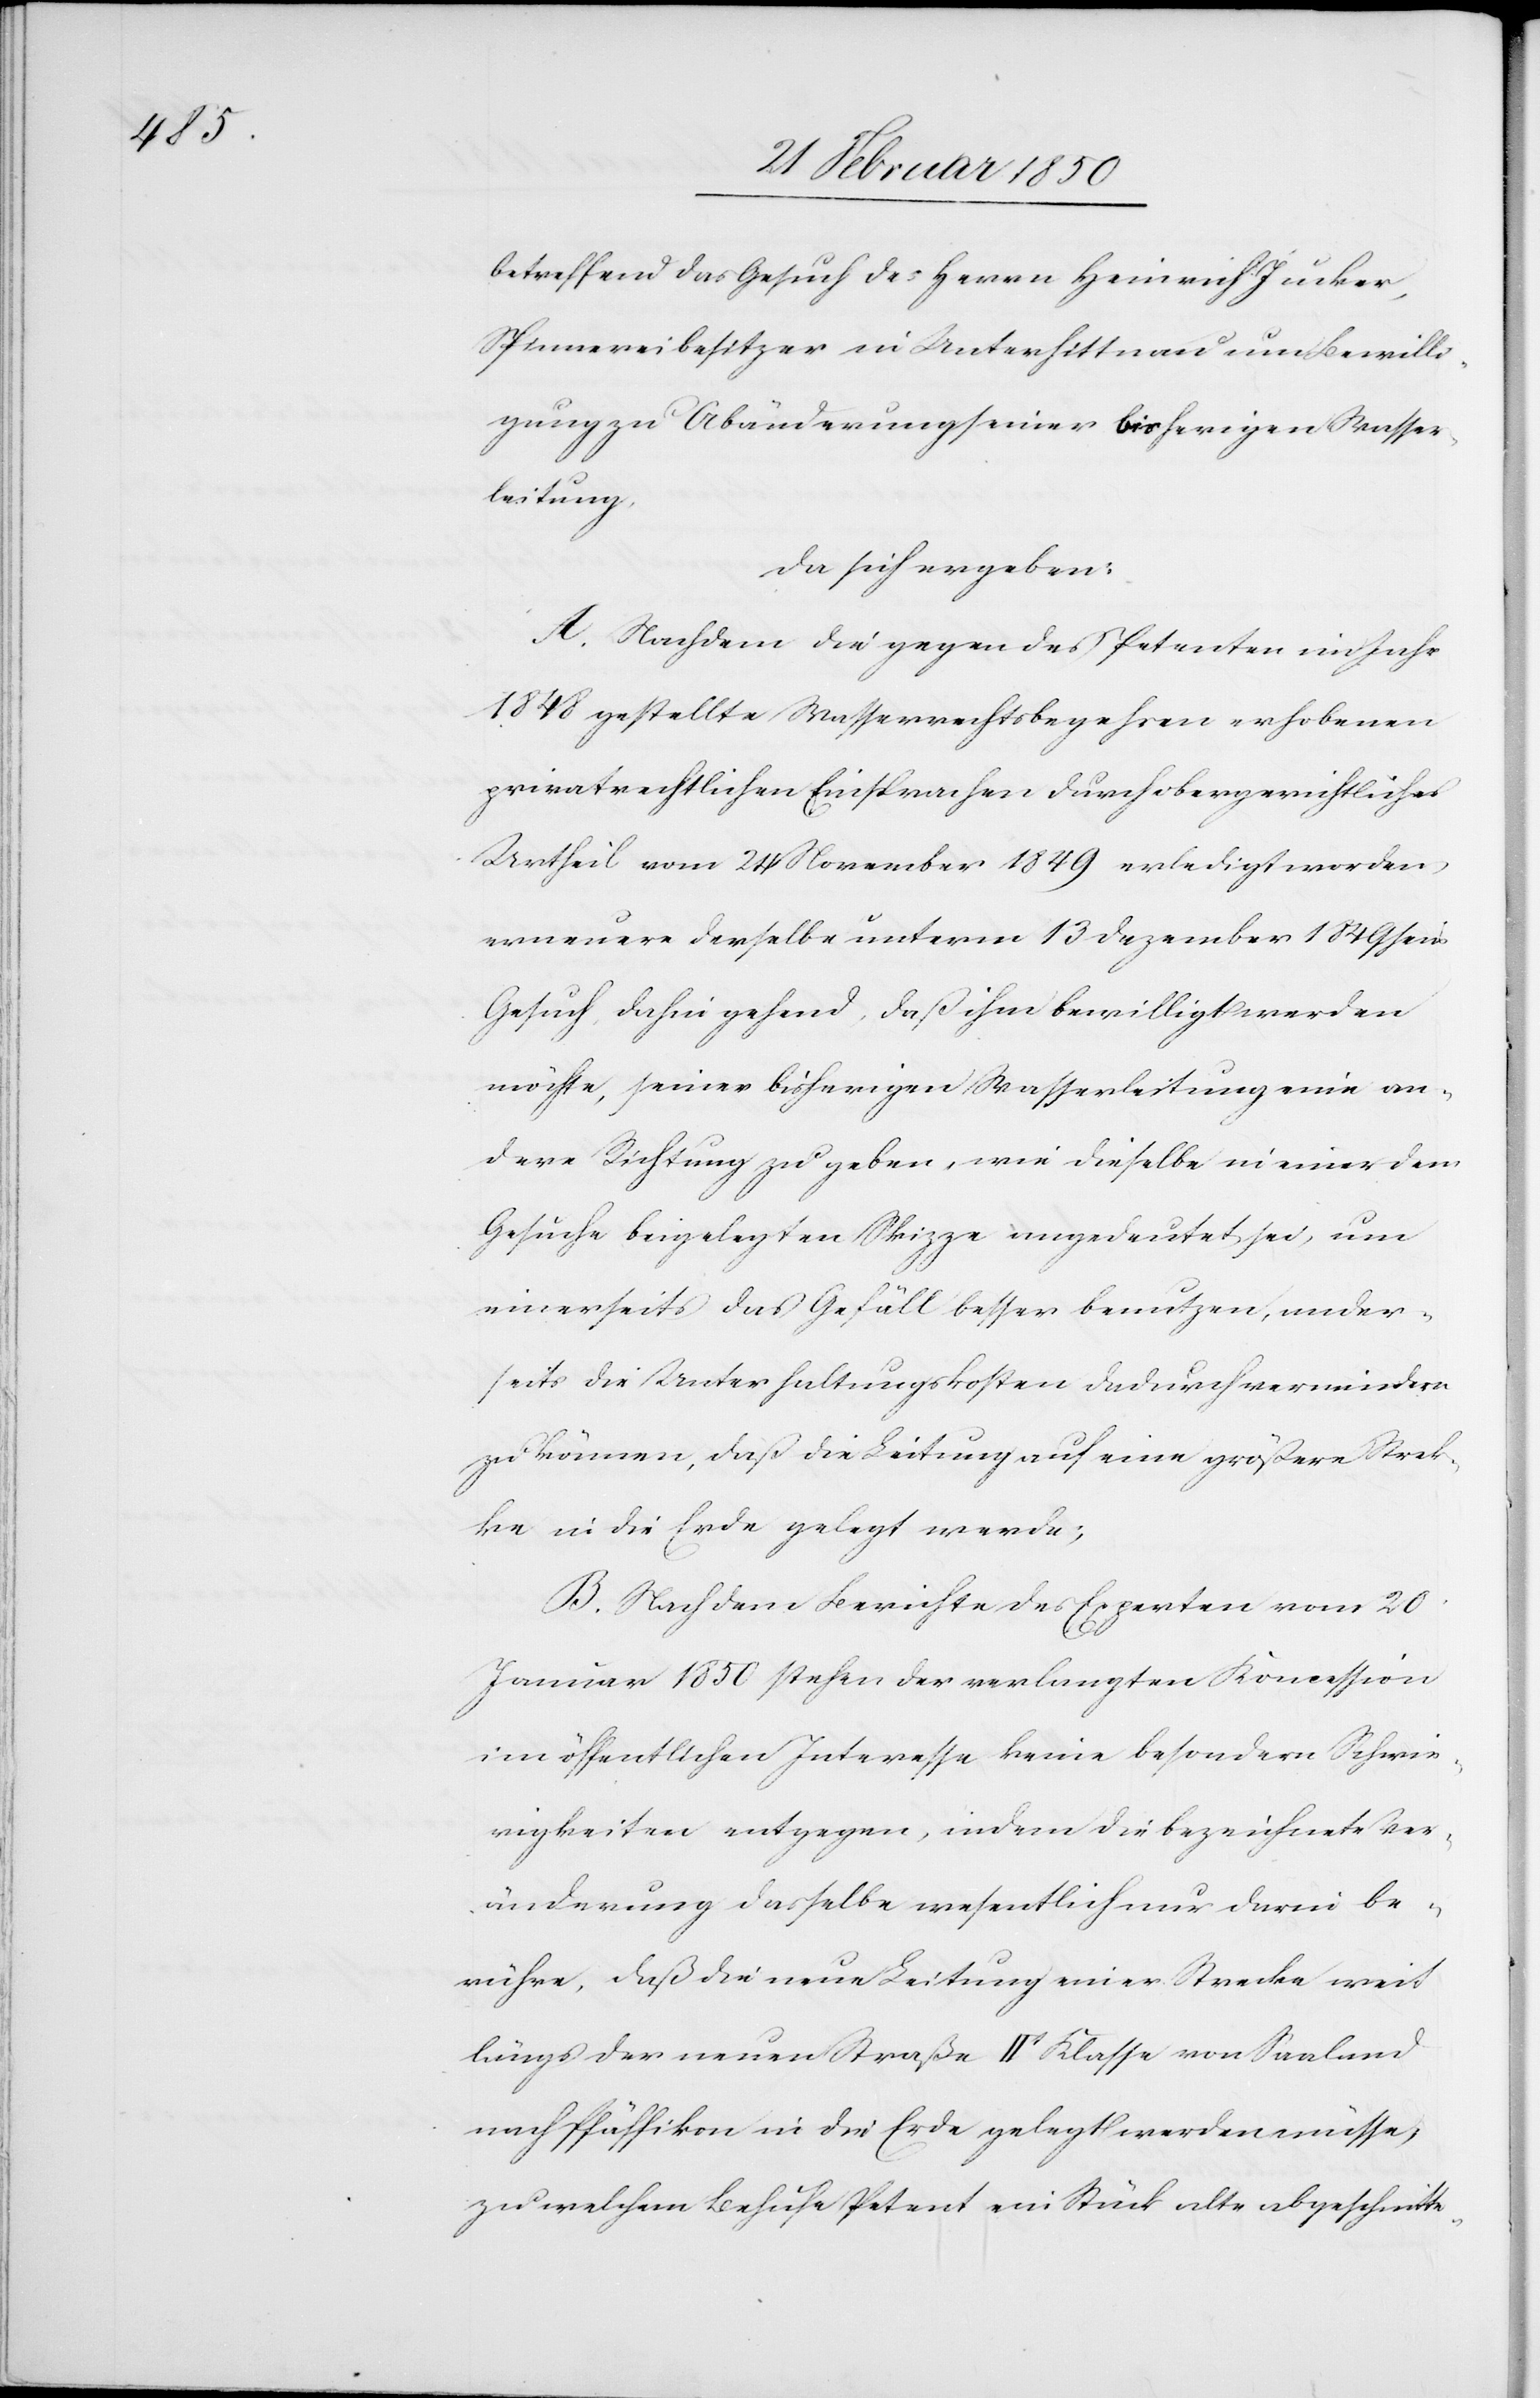
betreffend das Gesuch des Herrn Heinrich Jucker,
Spinnereibesitzer in Unterhittnau um Bewilli¬
gung zu Abänderung seiner bisherigen Wasser¬
leitung,
da sich ergeben:
A. Nachdem die gegen des Petenten im Jahr
1848 gestellte Wasserrechtsbegehren erhobenen
privatrechtlichen Einsprachen durch obergerichtliches
Urtheil vom 24 November 1849 erledigt worden,
erneuere derselbe unterm 13 Dezember 1849 sein
Gesuch dahin gehend, daß ihm bewilligt werden
möchte, seiner bisherigen Wasserleitung eine an¬
dere Richtung zu geben, wie dieselbe in einer dem
Gesuche beigelegten Skizze angedeutet sei, um
einerseits das Gefäll besser benutzen, ander¬
seits die Unterhaltungskosten dadurch vermindern
zu können, daß die Leitung auf eine größere Strec¬
ke in die Erde gelegt werde;
B. Nach dem Berichte des Experten vom 20
Januar 1850 stehen der verlangten Koncession
im öffentlichen Interesse keine besondern Schwie¬
rigkeiten entgegen, indem die bezeichnete Ver¬
änderung dasselbe wesentlich nur darin be¬
rühre, daß die neue Leitung einer Strecke weit
längs der neuen Straße IIt Klasse von Saaland
nach Pfäffikon in die Erde gelegt werden müsse,
zu welchem Behufe Petent ein Stück alte abgeschnitte-